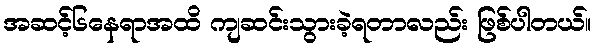
အဆင့်၆နေရာအထိ ကျဆင်းသွားခဲ့ရတာလည်း ဖြစ်ပါတယ်။